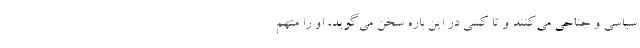
سیاسی و جناحی می‌کنند و تا کسی در این باره سخن می‌گوید، او را متهم